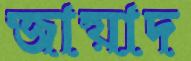
জায়াদ